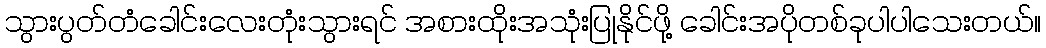
သွားပွတ်တံခေါင်းလေးတုံးသွားရင် အစားထိုးအသုံးပြုနိုင်ဖို့ ခေါင်းအပိုတစ်ခုပါပါသေးတယ်။